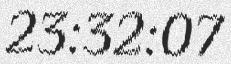
23:32:07